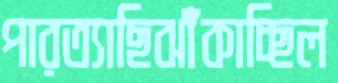
পারত্যাছিঝাঁকাচ্ছিল